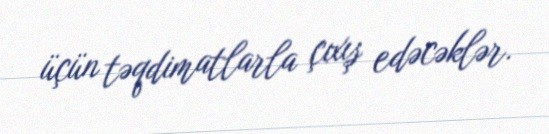
üçün təqdimatlarla çıxış edəcəklər.